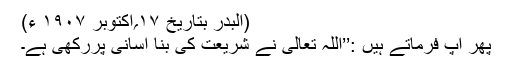
(البدر بتاریخ ۱۷؍اکتوبر ۱۹۰۷ ء)
پھر آپ فرماتے ہیں :’’اللہ تعالیٰ نے شریعت کی بنا آسانی پررکھی ہے۔